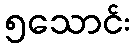
၅သောင်း